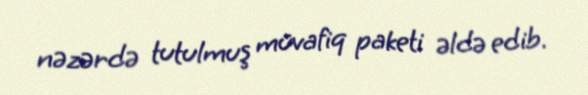
nəzərdə tutulmuş müvafiq paketi əldə edib.